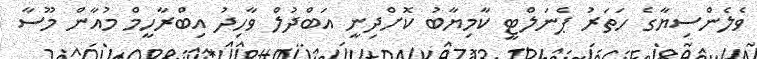
ވެލެންސިޔާގެ ހަތަރު ޕެނަލްޓީ ކާމިޔާބު ކޮށްދިނީ އަބްދުލް ވާހިދު އިބްރާހީމް މުއާން މޫސާ